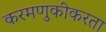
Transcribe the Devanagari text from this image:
करमणुकीकरता